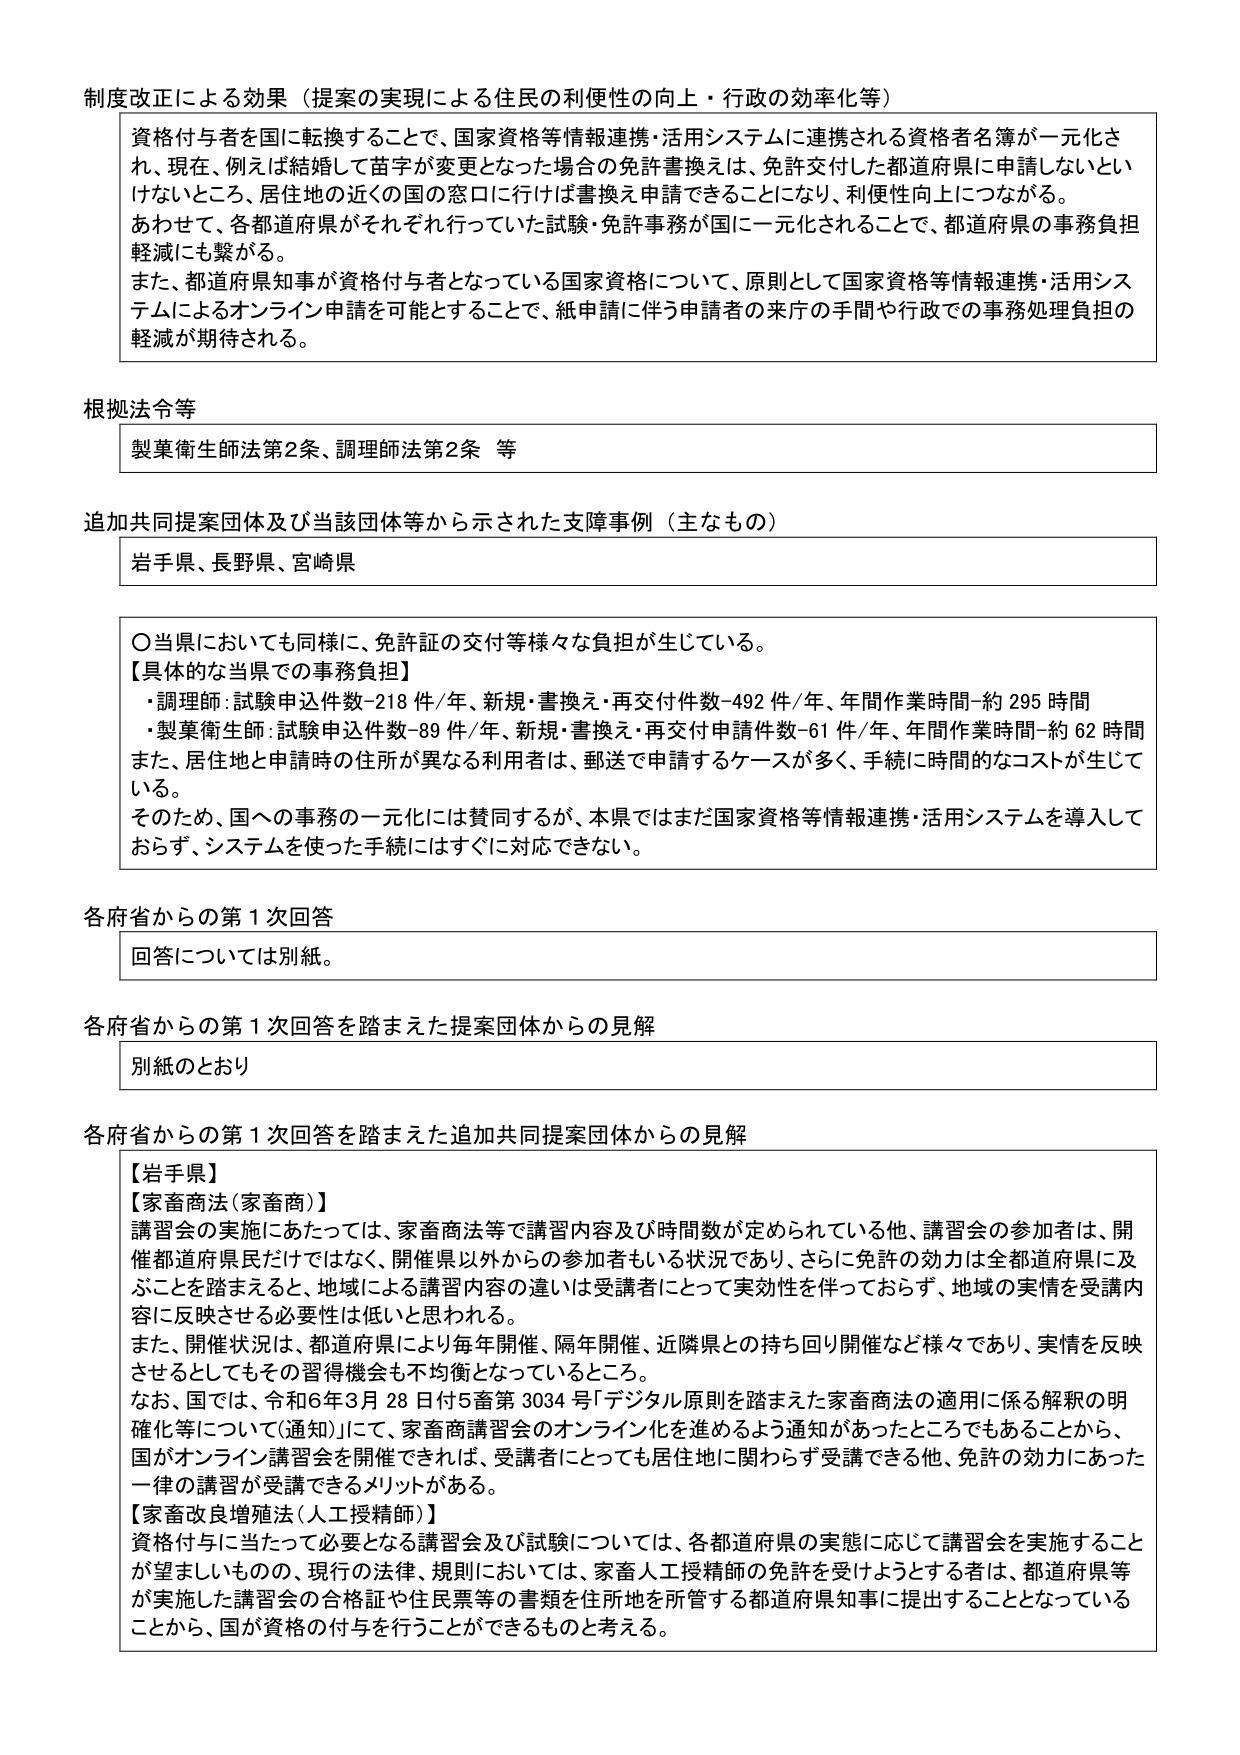
制度改正による効果（提案の実現による住民の利便性の向上・行政の効率化等）

資格付与者を国に転換することで、国家資格等情報連携・活用システムに連携される資格者名簿が一元化され、現在、例えば結婚して苗字が変更となった場合の免許書換えは、免許交付した都道府県に申請しないといけないところ、居住地の近くの国の窓口に行けば書換え申請できることになり、利便性向上につながる。あわせて、各都道府県がそれぞれ行っていた試験・免許事務が国に一元化されることで、都道府県の事務負担軽減にも繋がる。
また、都道府県知事が資格付与者となっている国家資格について、原則として国家資格等情報連携・活用システムによるオンライン申請を可能とすることで、紙申請に伴う申請者の来庁の手間や行政での事務処理負担の軽減が期待される。

根拠法令等

製薬衛生師法第2条、調理師法第2条 等

追加共同提案団体及び当該団体等から示された支障事例（主なもの）

岩手県、長野県、宮崎県

〇当県においても同様に、免許証の交付等様々な負担が生じている。
【具体的な当県での事務負担】
・調理師：試験申込件数-218件/年、新規・書換え・再交付件数-492件/年、年間作業時間-約295時間
・製薬衛生師：試験申込件数-89件/年、新規・書換え・再交付申請件数-61件/年、年間作業時間-約62時間
また、居住地と申請時の住所が異なる利用者は、郵送で申請するケースが多く、手続に時間的なコストが生じている。
そのため、国への事務の一元化には賛同するが、本県ではまだ国家資格等情報連携・活用システムを導入しておらず、システムを使った手続にはすぐに対応できない。

各府省からの第1次回答

回答については別紙。

各府省からの第1次回答を踏まえた提案団体からの見解

別紙のとおり

各府省からの第1次回答を踏まえた追加共同提案団体からの見解

【岩手県】
【家畜商法（家畜商）】
講習会の実施にあたっては、家畜商法等で講習内容及び時間数が定められている他、講習会の参加者は、開催都道府県民だけではなく、開催県以外からの参加者もいる状況であり、さらに免許の効力は全都道府県に及ぶことを踏まえると、地域による講習内容の違いは受講者にとって実効性を伴っておらず、地域の実情を受講内容に反映させる必要性は低いと思われる。
また、開催状況は、都道府県により毎年開催、隔年開催、近隣県との持ち回り開催など様々であり、実情を反映させるとしてもその習得機会も不均衡となっているところ。
なお、国では、令和6年3月28日付5畜第3034号「デジタル原則を踏まえた家畜商法の適用に係る解釈の明確化等について（通知）」にて、家畜商講習会のオンライン化を進めるよう通知があったところでもあることから、国がオンライン講習会を開催できれば、受講者にとっても居住地に関わらず受講できる他、免許の効力にあった一律の講習が受講できるメリットがある。
【家畜改良増殖法（人工授精師）】
資格付与に当たって必要となる講習会及び試験については、各都道府県の実態に応じて講習会を実施することが望ましいものの、現行の法律、規則においては、家畜人工授精師の免許を受けようとする者は、都道府県等が実施した講習会の合格証や住民票等の書類を住所地を所管する都道府県知事に提出することとなっていることから、国が資格の付与を行うことができるものと考える。